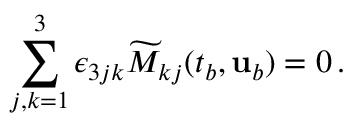
\sum _ { j , k = 1 } ^ { 3 } \epsilon _ { 3 j k } \widetilde { M } _ { k j } ( t _ { b } , { \mathbf { u } } _ { b } ) = 0 \, .